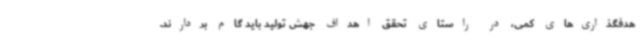
هدفگذاری‌های کمی، در راستای تحقق اهداف جهش تولید باید گام بردارند.